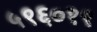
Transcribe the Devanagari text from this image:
५९६०१९